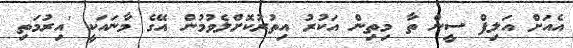
އެއަށް އަލިފް ސީން ތާ މިތިން އަކުރު އިތުރުކޮށްލެވުމުން އޭގެ މާނައަކީ 'އިރުމަތި